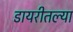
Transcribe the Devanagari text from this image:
डायरीतल्या